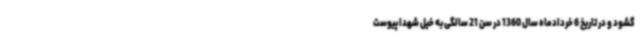
گشود و در تاریخ 6 خردادماه سال 1360 در سن 21 سالگی به خیل شهدا پیوست